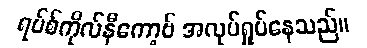
ရပ်စ်ကိုလ်နီကော့ဗ် အလုပ်ရှုပ်နေသည်။